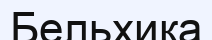
Бельхика